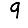
Digit: 9